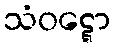
သံဝဋ္ဋော